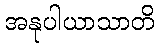
အနုပါယာသာတိ